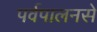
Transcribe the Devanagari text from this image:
पर्वपालनसे